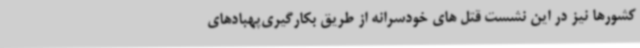
کشورها نیز در این نشست قتل های خودسرانه از طریق بکارگیری‌پهبادهای